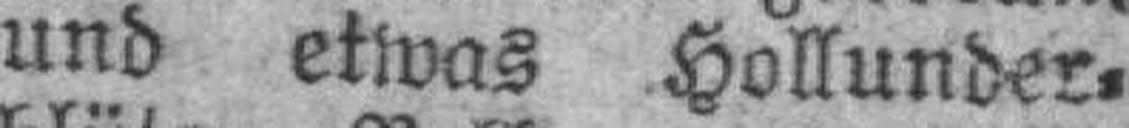
und etwas Hollunder¬